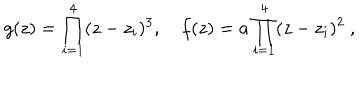
LaTeX: g ( z ) = \prod _ { i = 1 } ^ { 4 } ( z - z _ { i } ) ^ { 3 } , ~ f ( z ) = a \prod _ { i = 1 } ^ { 4 } ( z - z _ { i } ) ^ { 2 } \ ,